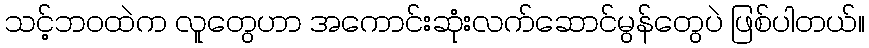
သင့်ဘဝထဲက လူတွေဟာ အကောင်းဆုံးလက်ဆောင်မွန်တွေပဲ ဖြစ်ပါတယ်။